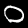
Digit: 0